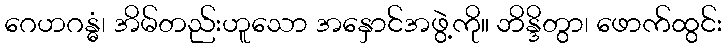
ဂေဟဂန္ဓံ၊ အိမ်တည်းဟူသော အနှောင်အဖွဲ့ကို။ ဘိန္ဒိတွာ၊ ဖောက်ထွင်း